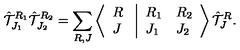
{ \hat { \cal T } } _ { J _ { 1 } } ^ { R _ { 1 } } { \hat { \cal T } } _ { J _ { 2 } } ^ { R _ { 2 } } = \sum _ { R , J } \left\langle \begin{array} { l } { R } \\ { J } \\ \end{array} \right. \left| \begin{array} { l l } { R _ { 1 } } & { R _ { 2 } } \\ { J _ { 1 } } & { J _ { 2 } } \\ \end{array} \right\rangle { \hat { \cal T } } _ { J } ^ { R } .